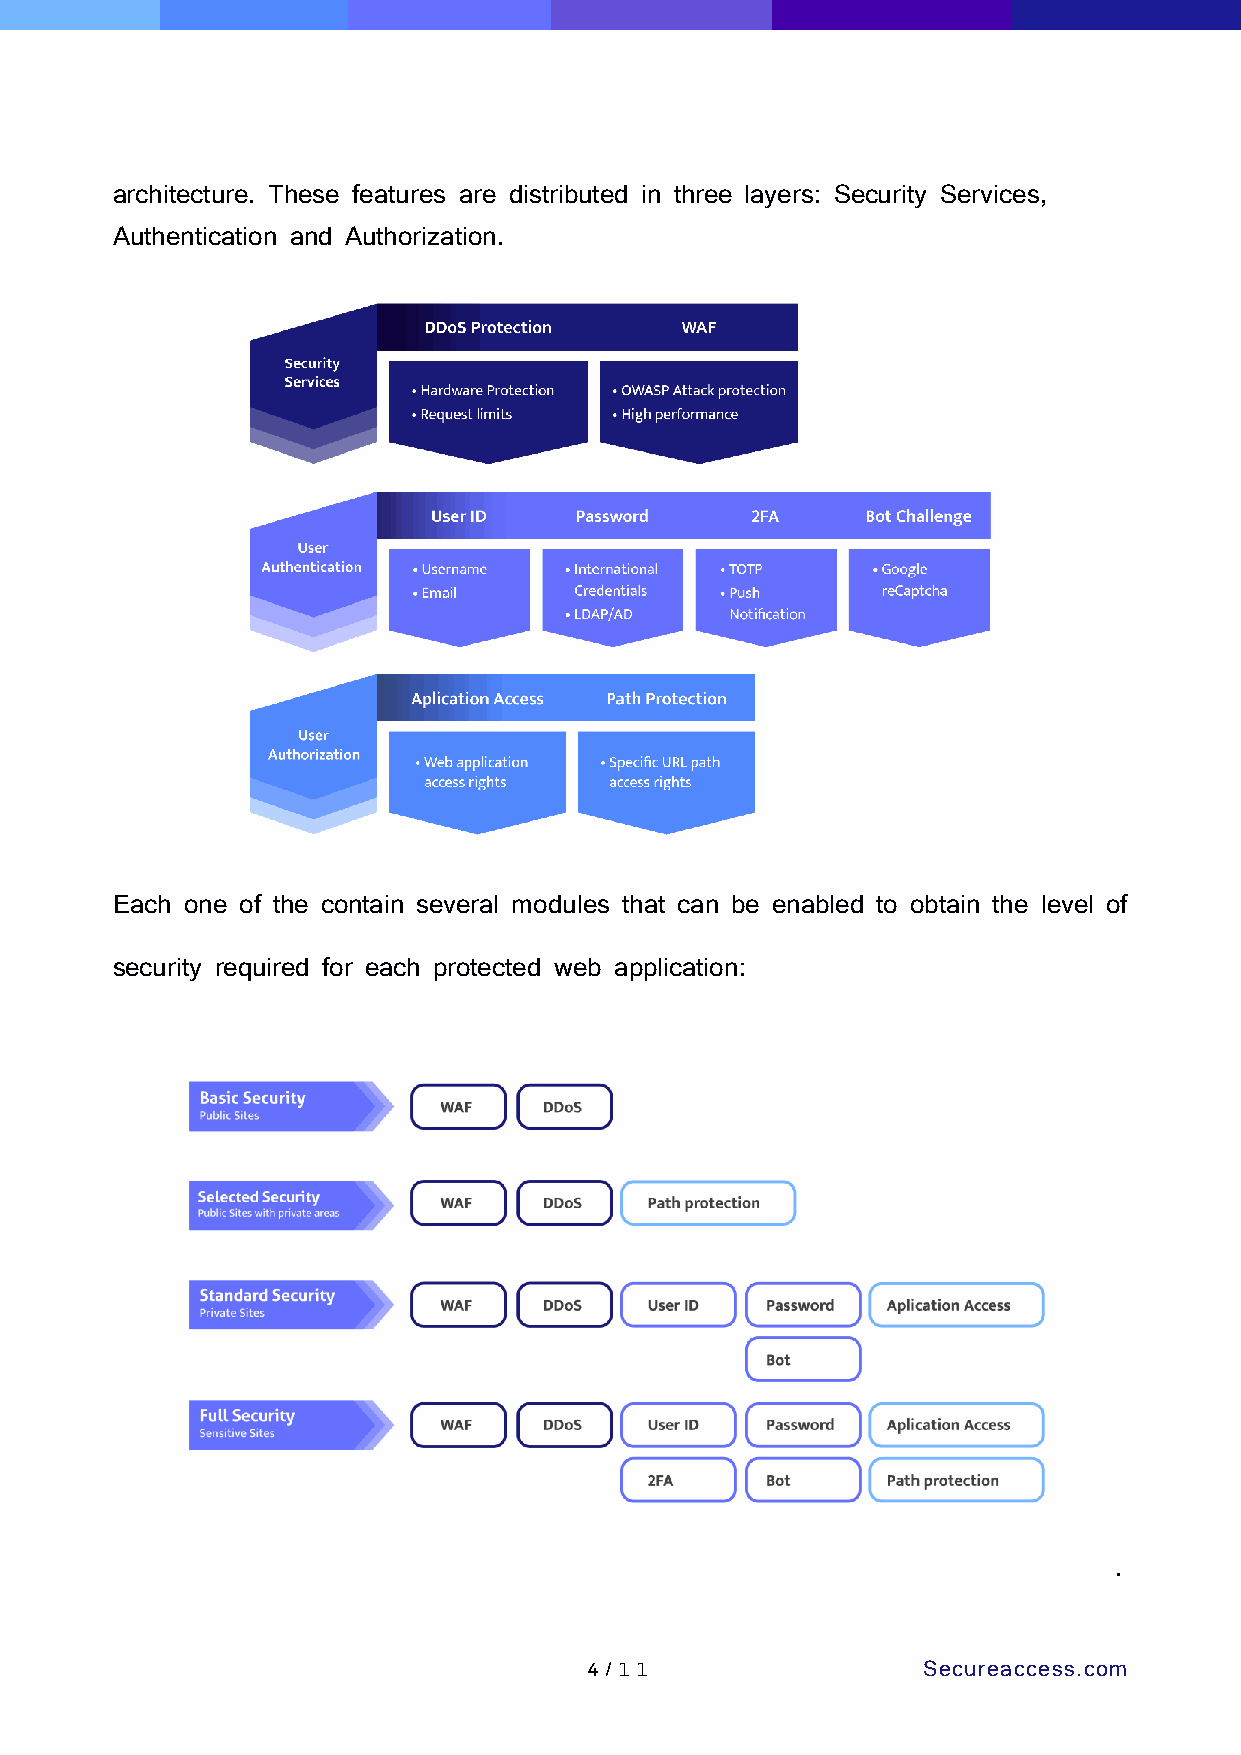
architecture. These features are distributed in three layers: Security Services,
 Authentication and Authorization.
 Each one of the contain several modules that can be enabled to obtain the level of
 security required for each protected web application:
 .
 4 /1 1                Secureaccess.com